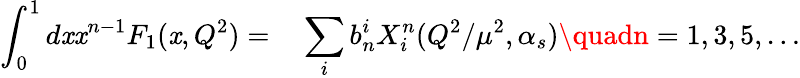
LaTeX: \int_{0}^{1}d\mathit{x}\mathit{x}^{n-1}F_{1}(\mathit{x},Q^{2})=\phantom{-}\sum_{i}b_{n}^{i}X_{i}^{n}(Q^{2}/\mu^{2},\alpha_{s})\quadn=1,3,5,\ldots